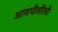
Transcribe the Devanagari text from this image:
आयपीसीसी